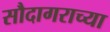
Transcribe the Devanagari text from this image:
सौदागराच्या